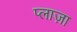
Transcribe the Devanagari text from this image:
प्‍लाज़ा